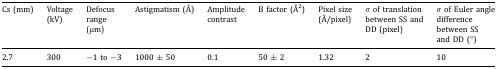
<table><thead><tr><td><b>Cs (mm)</b></td><td><b>Voltage (kV)</b></td><td><b>Defocus range(μm)</b></td><td><b>Astigmatism (Å)</b></td><td><b>Amplitude contrast</b></td><td><b>B factor (Å<sup>2</sup>)</b></td><td><b>Pixel size (Å/pixel)</b></td><td><b><i>σ</i> of translation between SS and DD (pixel)</b></td><td><b><i>σ</i> of Euler angle difference between SS and DD (°)</b></td></tr></thead><tbody><tr><td>2.7</td><td>300</td><td>−1 to −3</td><td>1000 ± 50</td><td>0.1</td><td>50 ± 2</td><td>1.32</td><td>2</td><td>10</td></tr></tbody></table>